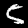
Label: 5